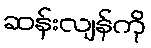
ဆန်းလျန်ကို